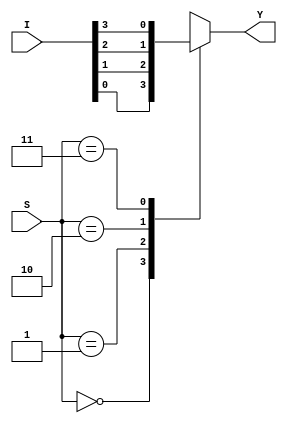
module mux_2_1_df(Y,I,S);

	input [3:0]I;
	input [1:0]S;
	output reg Y;

	always@(*)
	case(S)
		2'd0: Y=I[0];
		2'd1: Y=I[1];
		2'd2: Y=I[2];
		2'd3: Y=I[3];
		default:$display("error");
	endcase

endmodule